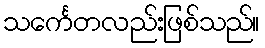
သင်္ကေတလည်းဖြစ်သည်။